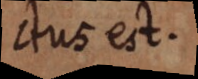
ctus est.